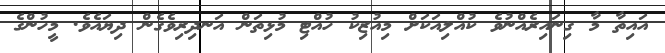
އައިތާ މާ ގިނައިރެއްނުވެ ކުއްލިއަކަށް މިއުޒިކު ހުއްޓި މުޅިތަން އަނދިރިވެގެން ދިޔައެވެ. މީހުންގެ